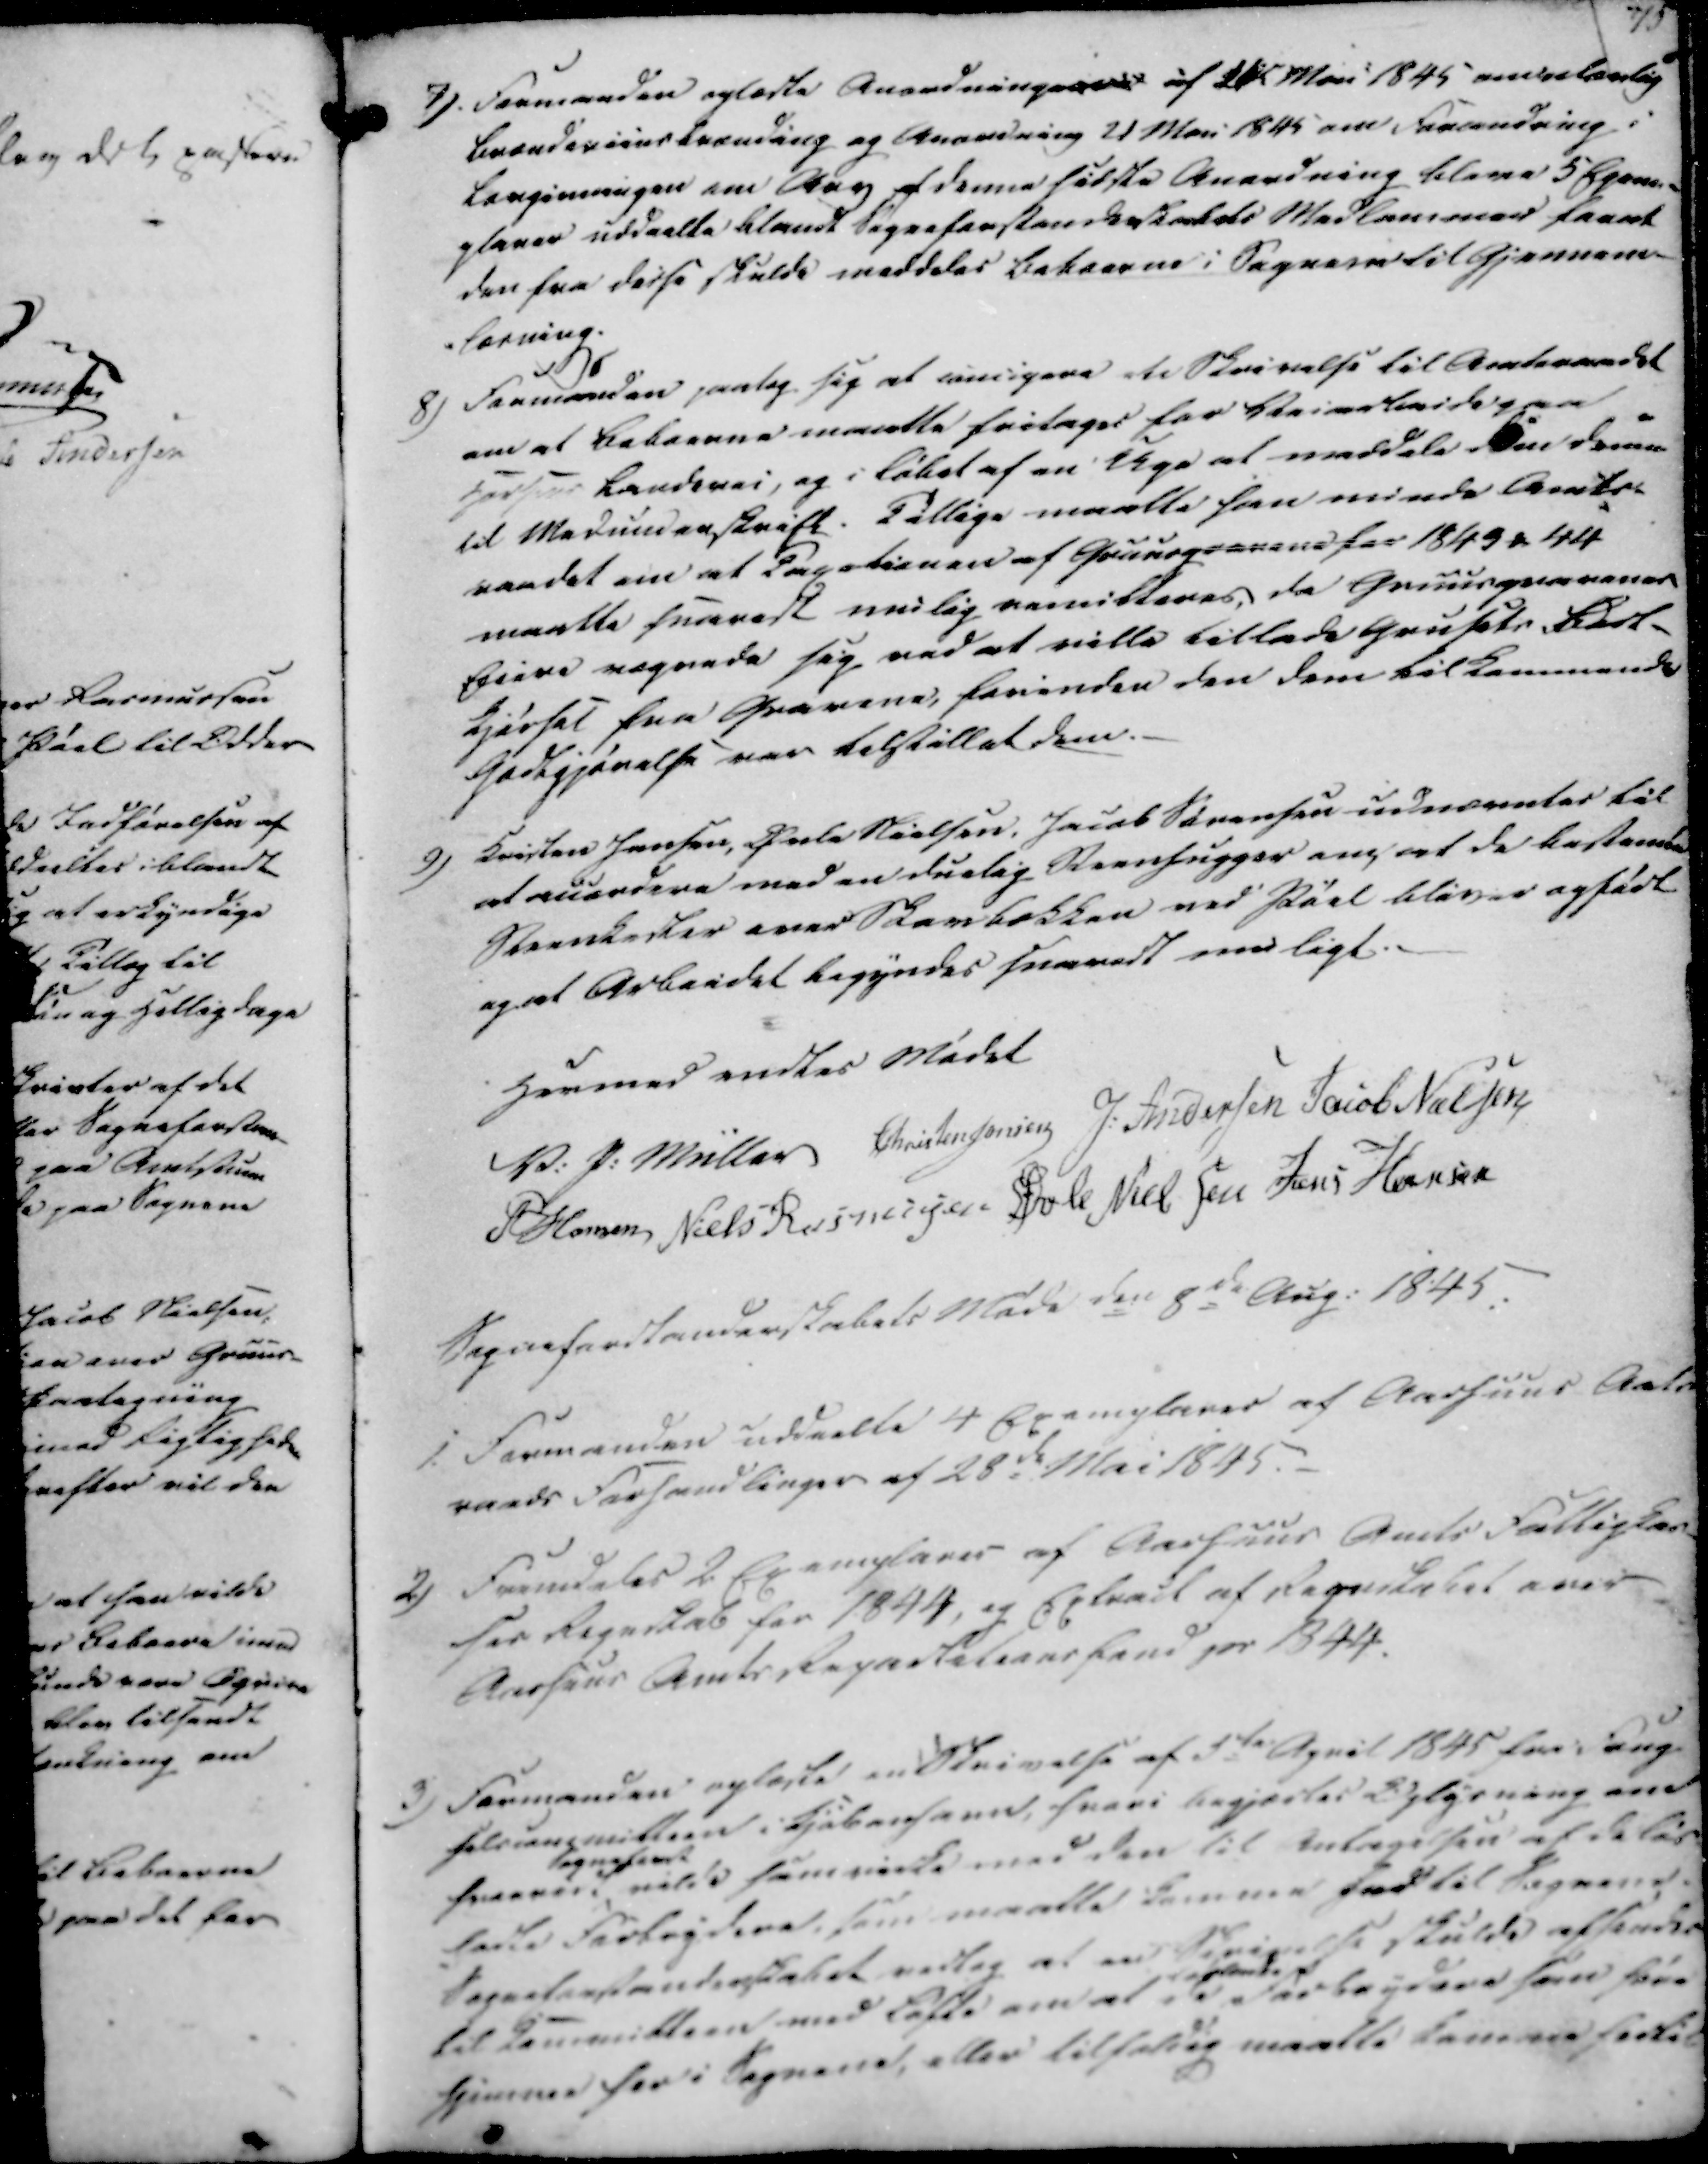
Transskription:
7).

Formanden oplæste Anordningerne af 21de Mai 1845 omeelærlig
Brendeviinsbrænding og Anordning 21 Mai 1845 om Forandring i
Lovgivningen om Aar af denne sidste Anordning bleve 5 Egene-
planer uddeelte blandt Sogneforstanderskabets Medlemmer forat
den fra disse skulde meddeles Beboerne i Sognene til Gjennem-
-lærning.

8)

Formanden paatog sig at unigere dte Skrivelse til Amtsraadet
om at Beboerne maatte fritages for Veiarbeide paa
Har Landevei, og i løbet af en Uge at meddele den denne
til Medunderskrift. Tillige maatte han minde Amts-
raadet om at Taxationen af Gruusgravene for 1843 ₻ 44
maatte snarest mulig remitteres da Gruusgravenes
Eiere vegrede sig ved at ville tillade Grusets Bort-
kjørsel fra Gravene, forinden den dem tilkommende
Godtgjørelse var tilstillet dem.

9)

Kristen Jensen, Orla Nielsen, Jacob Sørensen udnævntes til
at accordere med en duelig Steenhugger om at de bestemte
Steenkister over Skovbækken ved Pøel bliver opført
og at Arbeidet begyndes snarest muligt.

Hermed endtes Mødet

V. P. Müller
Christen Jensen
J. Andersen
Jacob Nielsen
P Hansen
Niels Rasmussen
Øvle Nielsen
Jens Hansen

Sogneforstanderskabets Møde den 8de Aug. 1845:

1.

Formanden uddelte 4 Exemplarer af Aarhuus Amts
raads Forhandlinger af 28de Mai 1845.

2)

Fremdeles 2 Exemplarer af Aarhuus Amts Fattigkas-
ses Regnskab for 1844, og Extract af Regnskabet over
Aarhuus Amts Repartetions fond pr 1844.

3)

Formanden oplæste en Skrivelse af 5te April 1845 fra Fange
helsangmitten i Kjøbenhavn, hvori begjærtes Oplysning om
hvorvidt Sognesamt vilde samvirke med den til Antagelsen af de løs
ladte Forbrydere, som maatte komme fed til Sognene.
Sogneforstanderskabet vedtog at en Skrivelse skulde afsendes
til Kommitteen med Løfte om at de  Forbrydere som høre
hjemme her i Sognene, eller tilfældig maatte komme hertil